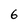
Character: 6